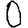
Digit: 0